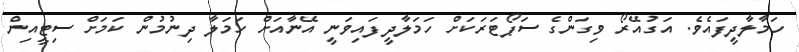
ހަމާލާދީފައެވެ. އަގުއޭރޯ ވިގަންގެ ސަޕޯޓަރަކަށް ހަމަލާދީފައިވަނީ އޭނާއަށް ހަމަލާ ދިނުމުން ކަމަށް ސިޓީއިން